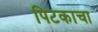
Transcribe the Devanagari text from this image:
पिटकाचा